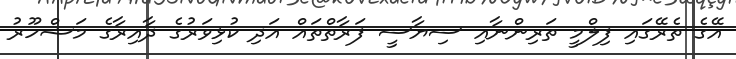
އޭގެ ތެރޭގައި ފިލްމީ ތަރިންނާއި ސިޔާސީ ފަރާތްތައް އަދި ކުޅިވަރުގެ ދާއިރާގެ މަޝްހޫރު